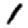
Digit: 1